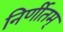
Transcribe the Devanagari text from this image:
निर्णीतम्